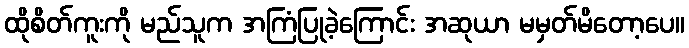
ထိုစိတ်ကူးကို မည်သူက အကြံပြုခဲ့ကြောင်း အဆုယာ မမှတ်မိတော့ပေ။